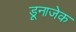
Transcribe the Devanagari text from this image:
डूनाजेक